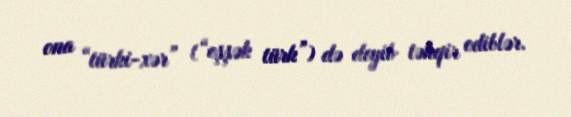
ona “türki-xər” (“eşşək türk”) də deyib təhqir ediblər.